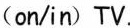
(on/in) TV.